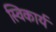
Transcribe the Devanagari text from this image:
स्विकार्य